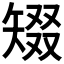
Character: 𥏞